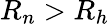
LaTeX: R_{n}>R_{h}